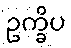
ဥက္ခိပ